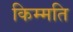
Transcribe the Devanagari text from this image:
किम्मति